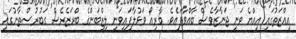
އިއްޒަތުގައި އިއްޔެ ވަނީ ޖަނާޒާވެސް ބާއްވާފައެވެ. މާރިއޯ ވަޅުލާފައިވަނީ ލިޒްބަންގެ ބްރަޒެރެސް ގަބުރުސްތާނުގައި